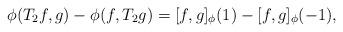
LaTeX: \begin{align*}\phi(T_{2}f,g)-\phi(f,T_{2}g)=[f,g]_{\phi}(1)-[f,g]_{\phi}(-1),\end{align*}